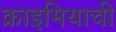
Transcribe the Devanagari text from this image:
क्राइमियाची